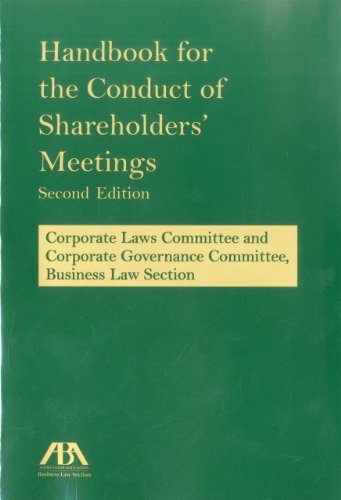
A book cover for Handbook for the Conduct of Shareholders' Meetings; American Bar Association; Business & Money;